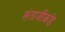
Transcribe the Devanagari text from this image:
संताजीकड़े